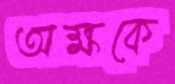
অক্ষকে